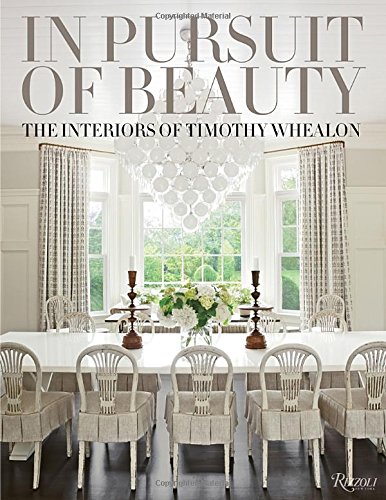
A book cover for In Pursuit of Beauty: The Interiors of Timothy Whealon; Timothy Whealon; Crafts, Hobbies & Home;